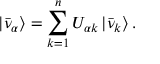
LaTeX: | \bar { \nu } _ { \alpha } \rangle = \sum _ { k = 1 } ^ { n } U _ { { \alpha } k } \, | \bar { \nu } _ { k } \rangle \, .